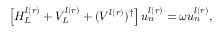
\begin{array} { r } { \left[ H _ { L } ^ { l ( r ) } + V _ { L } ^ { l ( r ) } + ( V ^ { l ( r ) } ) ^ { \dagger } \right] u _ { n } ^ { l ( r ) } = \omega u _ { n } ^ { l ( r ) } , } \end{array}